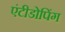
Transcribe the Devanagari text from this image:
एंटीडोपिंग